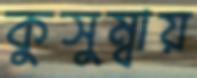
কুসুম্বায়